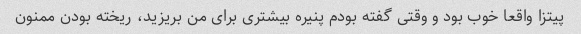
پیتزا واقعا خوب بود و وقتی گفته بودم پنیره بیشتری برای من بریزید، ریخته بودن ممنون